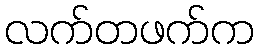
လက်တဖက်က